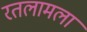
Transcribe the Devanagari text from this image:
रतलामला